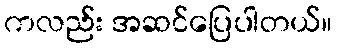
ကလည်း အဆင်ပြေပါတယ်။